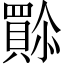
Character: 𫣿